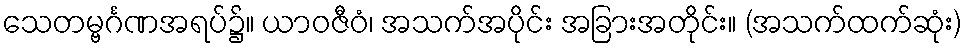
သေတမ္ဗင်္ဂဏအရပ်၌။ ယာဝဇီဝံ၊ အသက်အပိုင်း အခြားအတိုင်း။ (အသက်ထက်ဆုံး)